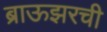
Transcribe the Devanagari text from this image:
ब्राऊझरची